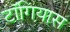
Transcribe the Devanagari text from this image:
टॉगियास